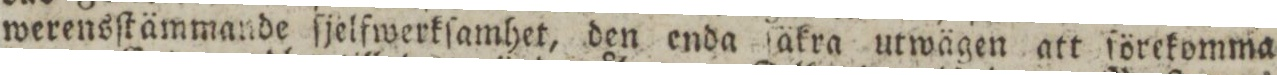
werensſtämmande ſjelfwerkſamhet, den enda ſäkra utwägen att förekomma